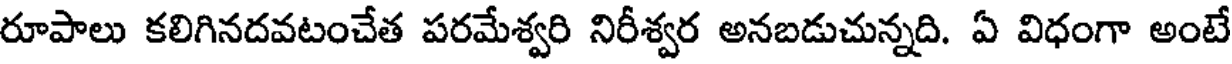
రూపాలు కలిగినదవటంచేత పరమేశ్వరి నిరీశ్వర అనబడుచున్నది. ఏ విధంగా అంటే